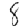
Digit: 8